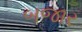
બજાર